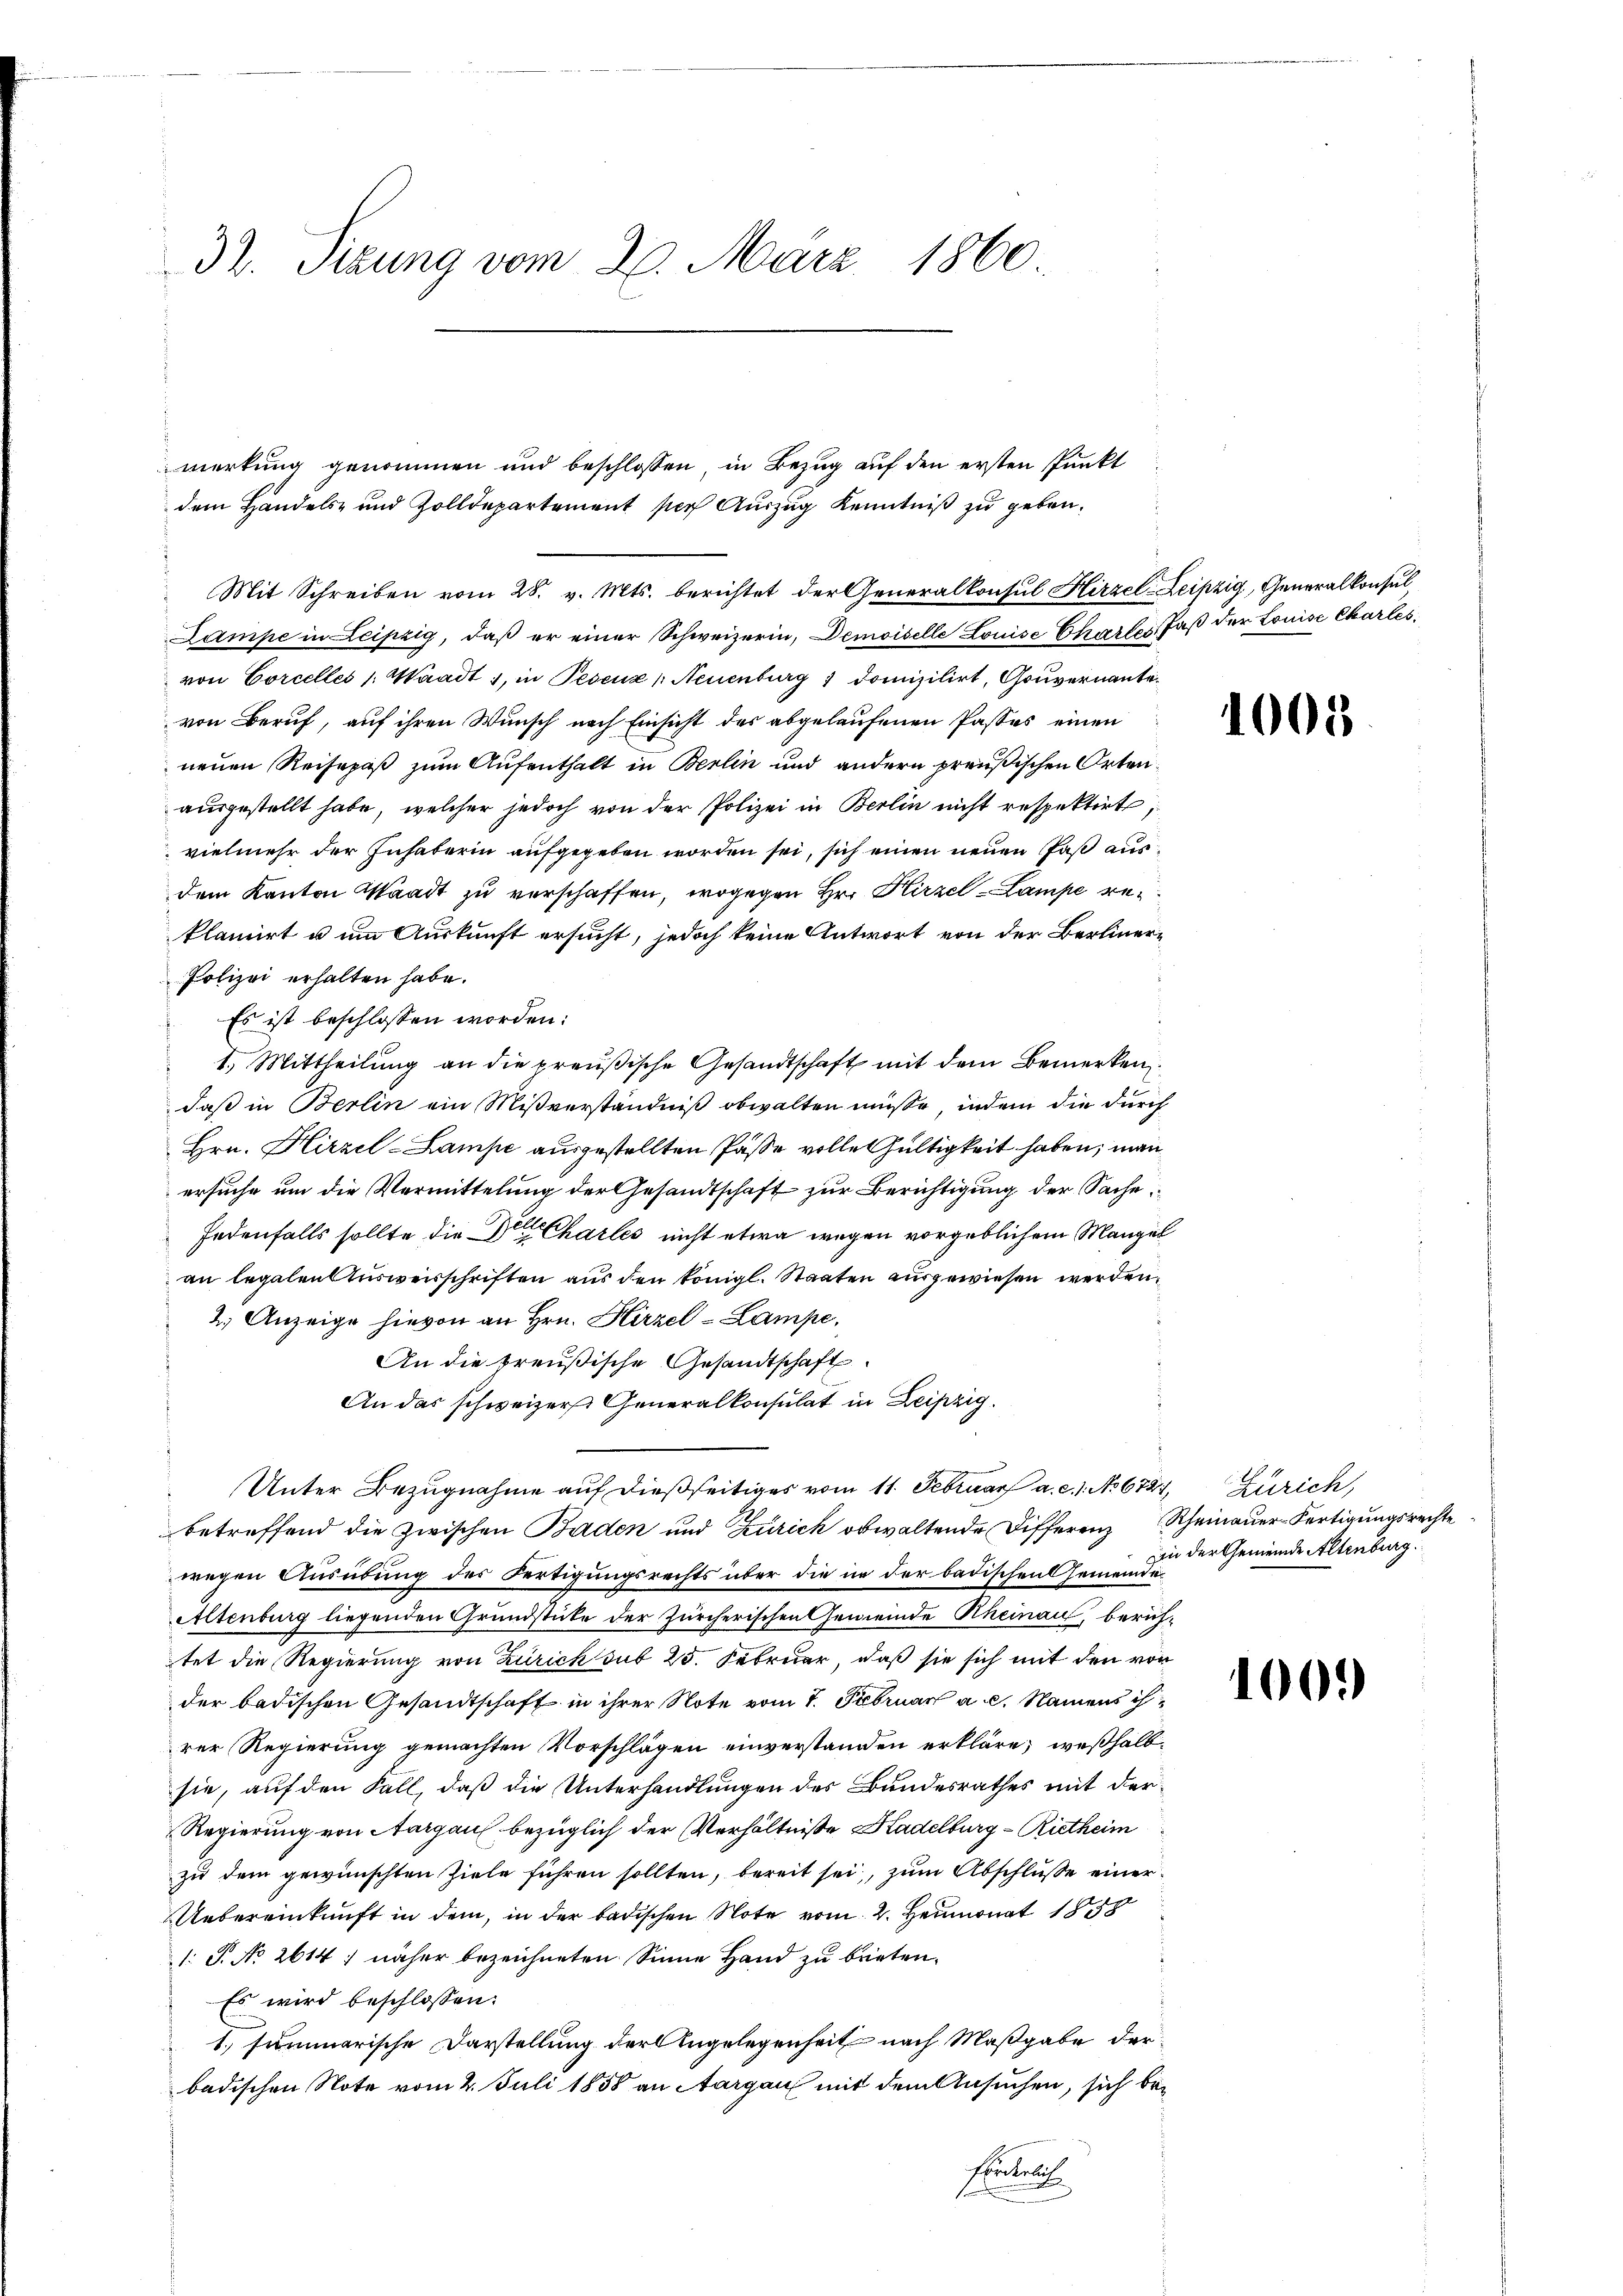
32. Sitzung vom 2. März 1860.

Mit Schreiben vom 28. v. Mts. berichtet der Generalkonsul Hirzel-Leipzig, Generalkonsul
Lampe in Leipzig, daß er einer Schweizerin, Demoiselle Louise Charlos, daß der Louise Charles
von Corcelles /: Waadt 1, in Pesenz Neuenburg 1 domizilirt, Gouvernante
von Beruf, auf ihren Wunsch nach Einsicht des abgelaufenen Passes einen
neuen Reisepäß zum Aufenthalt in Berlin und andern preußischen Orten
ausgestellt habe, welcher jedoch von der Polizei in Berlin nicht respektirt,
vielmehr der Inhaberin aufgegeben worden sei, sich einen neuen Paß ausdem Kanton Waadt zu verschaffen, wogegen Hrn. Hirzel-Lampe reklamirt u um Auskunft ersucht, jedoch keine Antwort von der Berliner¬
Polizei erhalten habe.
Es ist beschlossen worden:
1.) Mittheilung an die preußische Gesandtschaft mit dem Bemerken
daß in Berlin ein Mißverständniß obwalten müsse, indem die durch
Hrn. Hirzel-Lampe ausgestellten Pässe volle Gültigkeit haben, man
ersuche um die Vermittelung der Gesandtschaft zur Berichtigung der Sache,
Jedenfalls sollte die Dr Chartes nicht etwa wegen vorgeblichem Mangel
an legalen Ausweisschriften aus den königl. Staaten ausgewiesen werden,
2.) Anzeige hievon an Hrn. Hirzel-Lampe,
An die preußische Gesandtschaft
An das schweizer Generalkonsulat in Leipzig.
Unter Bezugnahme auf dießseitiges vom 11. Februar a. c. 1. No 6721, Zürich,
betreffend die zwischen Baden und Zürich obwaltende Differenz Rheinauer-Fertigungsrechte
wegen Ausübung des Fertigungsrechts über die in der badischen Gemeinde¬
Altenburg liegenden Grundstücke der Zürcherischen Gemeinde Rheinau, berich-
tet die Regierung von Zürich sub 25. Februar, daß sie sich mit den vor
der badischen Gesandtschaft in ihrer Note vom 7. Februar a. c. Namens ihrer Regierung gemachten Vorschlägen einverstanden erkläre; weßhalbsie, auf den Fall, daß die Unterhandlungen des Bundesrathes mit der¬
Regierung von Aargau bezüglich der Verhältnisse Hadelburg - Rietheim
zu dem gewünschten Ziele führen sollten, bereit sei, zum Abschluße einer
Uebereinkunft in dem, in der badischen Note vom 2. Heumonat 1808
1: S. No 2614) näher bezeichneten Sinne Hand zu brieten.
Es wird beschlossen:
1. summarische Darstellung der Angelegenheit nach Maßgabe der
badischen Note vom 2. Juli 1858 an Aargau mit dem Ansuchen, sich be¬
Enter

merkung genommen und beschlossen, in Bezug auf den ersten Punkt
dem Handels- und Zolldepartement sich Auszug Kenntniß zu geben.

1005

in der Gemeinde Altenburg.

1000